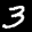
Label: 3